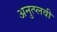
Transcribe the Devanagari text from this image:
अनुत्प्लवी